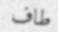
طاف